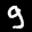
Label: 9